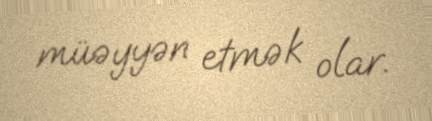
müəyyən etmək olar.